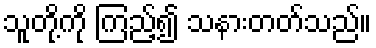
သူတို့ကို ကြည့်၍ သနားတတ်သည်။